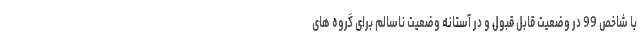
با شاخص 99 در وضعیت قابل قبول و در آستانه وضعیت ناسالم برای گروه های